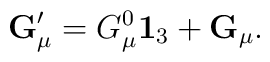
{\bf G}'_{\mu}=G_{\mu}^{0}{\bf 1}_{3}+{\bf G}_{\mu}.